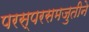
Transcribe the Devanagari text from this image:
परस्परसमजुतीने